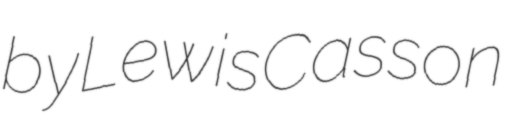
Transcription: by Lewis Casson